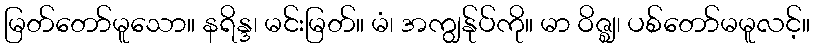
မြတ်တော်မူသော။ နရိန္ဒ၊ မင်းမြတ်။ မံ၊ အကျွန်ုပ်ကို။ မာ ဝိဇ္ဈ၊ ပစ်တော်မမူလင့်။